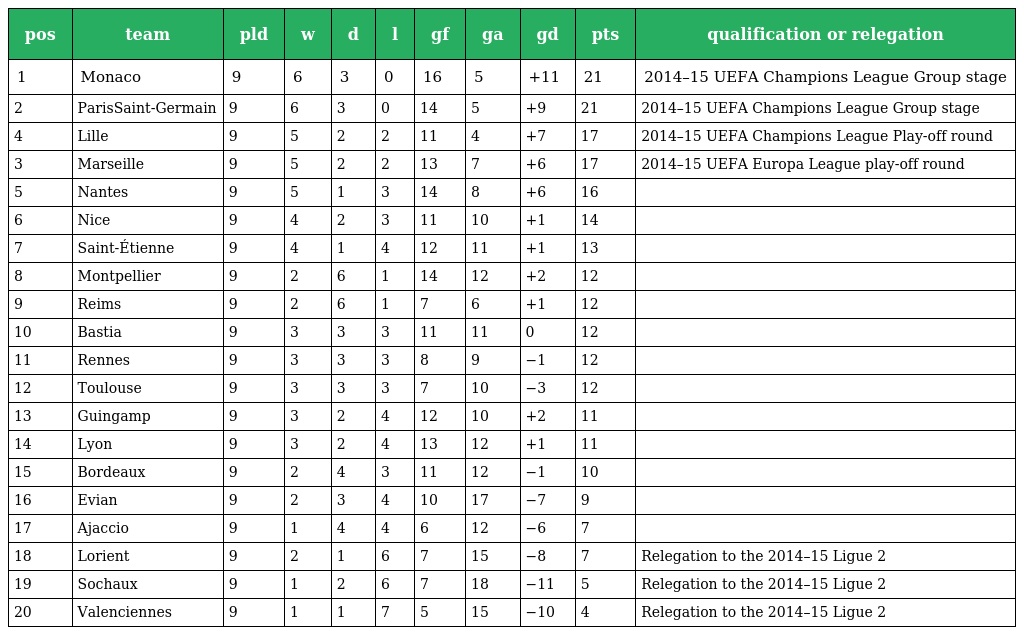
| pos | team | pld | w | d | l | gf | ga | gd | pts | qualification or relegation |
 | --- | --- | --- | --- | --- | --- | --- | --- | --- | --- | --- |
 | 1 | Monaco | 9 | 6 | 3 | 0 | 16 | 5 | +11 | 21 | 2014–15 UEFA Champions League Group stage |
 | 2 | ParisSaint-Germain | 9 | 6 | 3 | 0 | 14 | 5 | +9 | 21 | 2014–15 UEFA Champions League Group stage |
 | 4 | Lille | 9 | 5 | 2 | 2 | 11 | 4 | +7 | 17 | 2014–15 UEFA Champions League Play-off round |
 | 3 | Marseille | 9 | 5 | 2 | 2 | 13 | 7 | +6 | 17 | 2014–15 UEFA Europa League play-off round |
 | 5 | Nantes | 9 | 5 | 1 | 3 | 14 | 8 | +6 | 16 |  |
 | 6 | Nice | 9 | 4 | 2 | 3 | 11 | 10 | +1 | 14 |  |
 | 7 | Saint-Étienne | 9 | 4 | 1 | 4 | 12 | 11 | +1 | 13 |  |
 | 8 | Montpellier | 9 | 2 | 6 | 1 | 14 | 12 | +2 | 12 |  |
 | 9 | Reims | 9 | 2 | 6 | 1 | 7 | 6 | +1 | 12 |  |
 | 10 | Bastia | 9 | 3 | 3 | 3 | 11 | 11 | 0 | 12 |  |
 | 11 | Rennes | 9 | 3 | 3 | 3 | 8 | 9 | −1 | 12 |  |
 | 12 | Toulouse | 9 | 3 | 3 | 3 | 7 | 10 | −3 | 12 |  |
 | 13 | Guingamp | 9 | 3 | 2 | 4 | 12 | 10 | +2 | 11 |  |
 | 14 | Lyon | 9 | 3 | 2 | 4 | 13 | 12 | +1 | 11 |  |
 | 15 | Bordeaux | 9 | 2 | 4 | 3 | 11 | 12 | −1 | 10 |  |
 | 16 | Evian | 9 | 2 | 3 | 4 | 10 | 17 | −7 | 9 |  |
 | 17 | Ajaccio | 9 | 1 | 4 | 4 | 6 | 12 | −6 | 7 |  |
 | 18 | Lorient | 9 | 2 | 1 | 6 | 7 | 15 | −8 | 7 | Relegation to the 2014–15 Ligue 2 |
 | 19 | Sochaux | 9 | 1 | 2 | 6 | 7 | 18 | −11 | 5 | Relegation to the 2014–15 Ligue 2 |
 | 20 | Valenciennes | 9 | 1 | 1 | 7 | 5 | 15 | −10 | 4 | Relegation to the 2014–15 Ligue 2 |